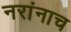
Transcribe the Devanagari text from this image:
नरांनाच